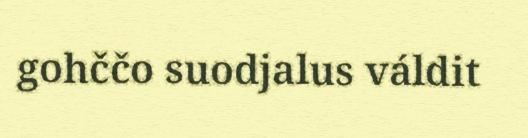
gohččo suodjalus váldit